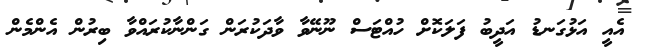
އެއީ އަޅުގަނޑު އަދީބު ފަލަކޮށް ހުއްޓަސް ނޫނޭވާ ވާދަކުރަން ގަންނާކުރައްވާ ބިރުން އެންމެން